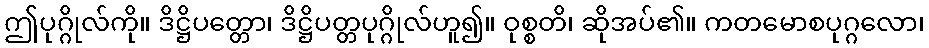
ဤပုဂ္ဂိုလ်ကို။ ဒိဋ္ဌိပတ္တော၊ ဒိဋ္ဌိပတ္တပုဂ္ဂိုလ်ဟူ၍။ ဝုစ္စတိ၊ ဆိုအပ်၏။ ကတမောစပုဂ္ဂလော၊